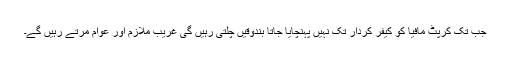
جب تک کرپٹ مافیا کو کیفر کردار تک نہیں پہنچایا جاتا بندوقیں چلتی رہیں گی غریب ملازم اور عوام مرتے رہیں گے۔